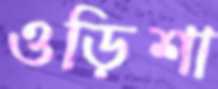
ওড়িশা